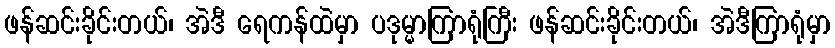
ဖန်ဆင်းခိုင်းတယ်၊ အဲဒီ ရေကန်ထဲမှာ ပဒုမ္မာကြာရုံကြီး ဖန်ဆင်းခိုင်းတယ်၊ အဲဒီကြာရုံမှာ